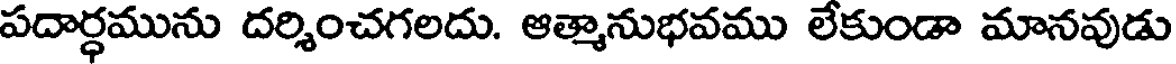
పదార్ధమును దర్శించగలదు. ఆత్మానుభవము లేకుండా మానవుడు